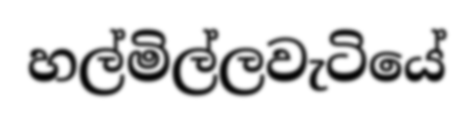
හල්මිල්ලවැටියේ